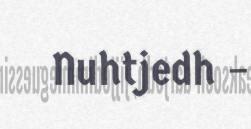
Nuhtjedh –